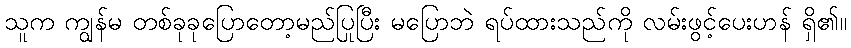
သူက ကျွန်မ တစ်ခုခုပြောတော့မည်ပြုပြီး မပြောဘဲ ရပ်ထားသည်ကို လမ်းဖွင့်ပေးဟန် ရှိ၏။